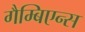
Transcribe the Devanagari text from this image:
गैम्बिएन्स